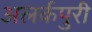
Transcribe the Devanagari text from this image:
अलर्कपुरी